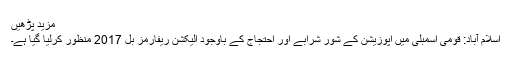
مزید پڑھیں
اسلام آباد: قومی اسمبلی میں اپوزیشن کے شور شرابے اور احتجاج کے باوجود الیکشن ریفارمز بل 2017 منظور کرلیا گیا ہے۔